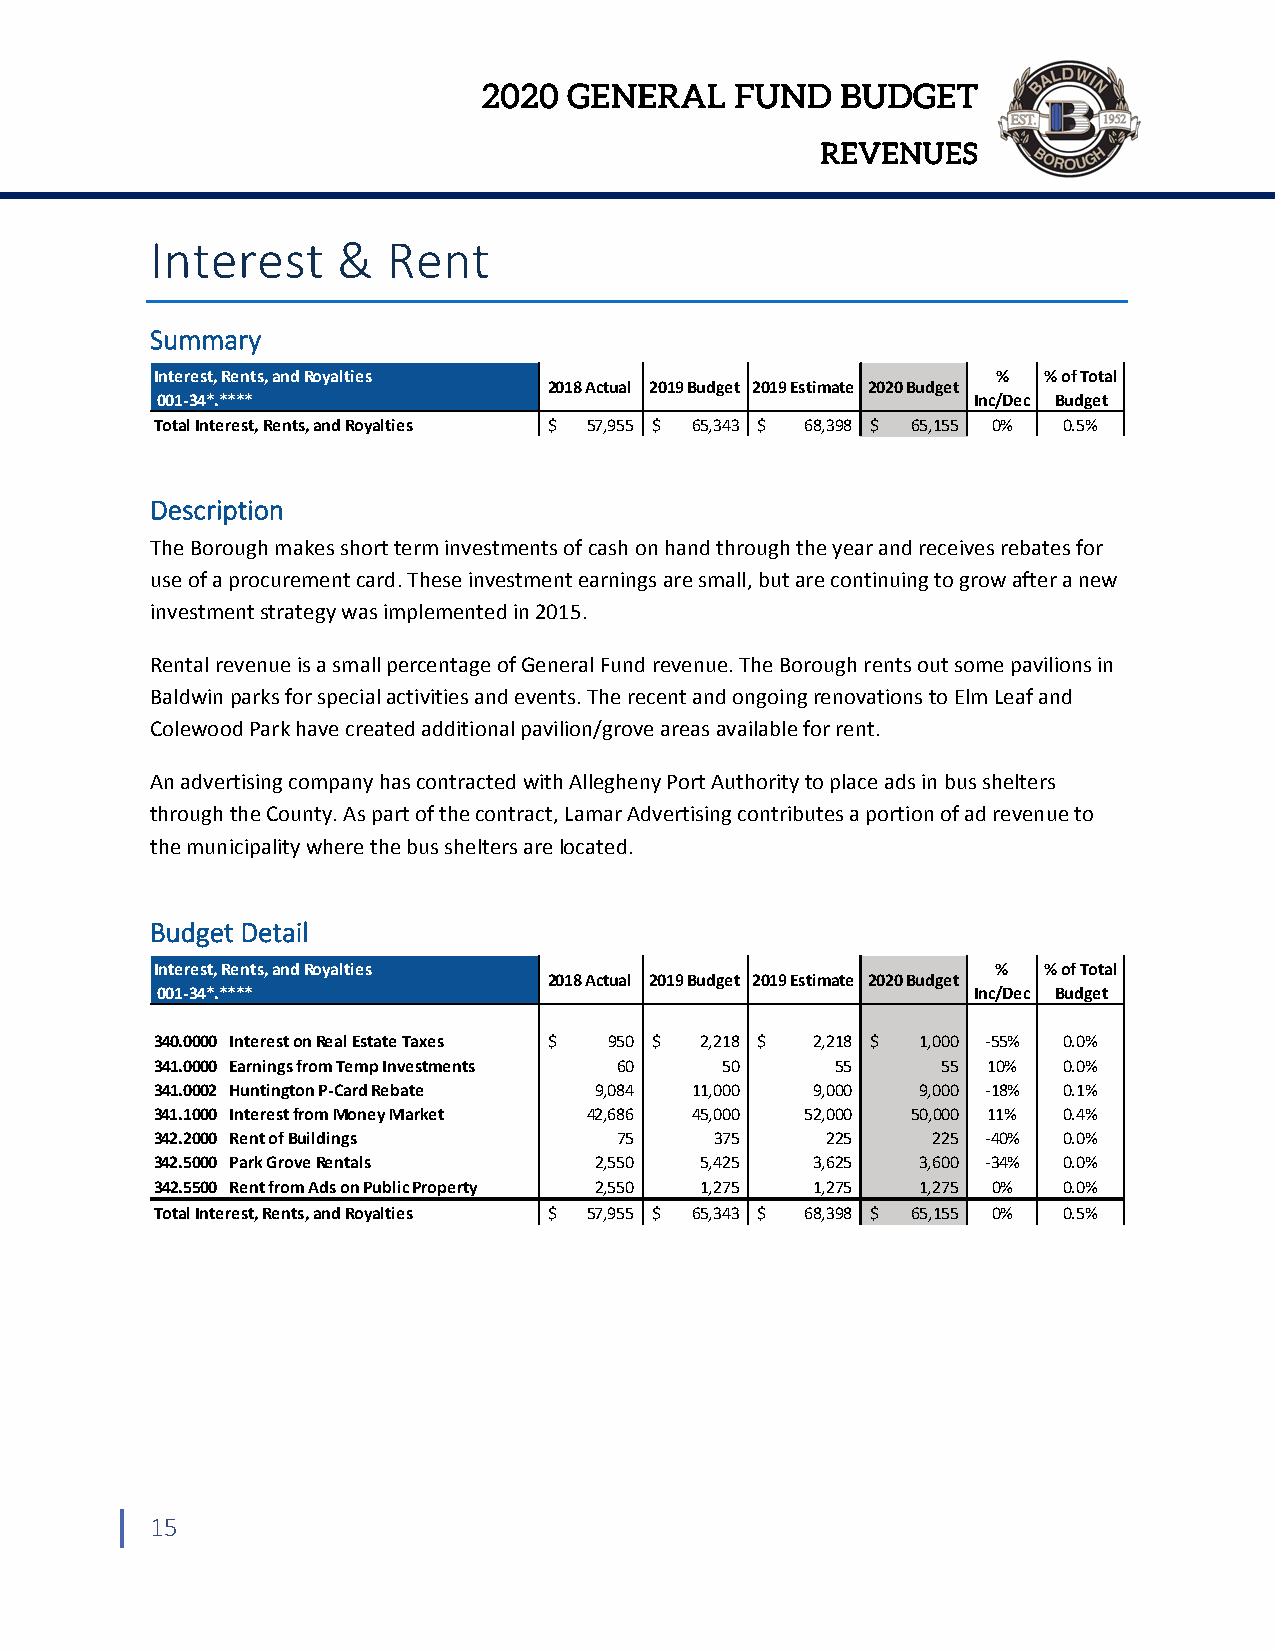
2020  GENERAL    FUND   BUDGET
 REVENUES
 Interest    &   Rent
 Summary
 Interest, Rents, and Royalties                          %  % of Total
 2018 Actual 2019 Budget 2019 Estimate 2020 Budget
 001‐34*.****                                          Inc/Dec Budget
 Total Interest, Rents, and Royalties $ 57,955 $ 65,343 $ 68,398 $ 65,155 0% 0.5%
 Description
 The Borough makes short term investments of cash on hand through the year and receives rebates for
 use of a procurement card. These investment earnings are small, but are continuing to grow after a new
 investment strategy was implemented in 2015.
 Rental revenue is a small percentage of General Fund revenue. The Borough rents out some pavilions in
 Baldwin parks for special activities and events. The recent and ongoing renovations to Elm Leaf and
 Colewood Park have created additional pavilion/grove areas available for rent.
 An advertising company has contracted with Allegheny Port Authority to place ads in bus shelters
 through the County. As part of the contract, Lamar Advertising contributes a portion of ad revenue to
 the municipality where the bus shelters are located.
 Budget Detail
 Interest, Rents, and Royalties                          %  % of Total
 2018 Actual 2019 Budget 2019 Estimate 2020 Budget
 001‐34*.****                                          Inc/Dec Budget
 340.0000 Interest on Real Estate Taxes $ 950 $ 2,218 $ 2,218 $ 1,000 ‐55% 0.0%
 341.0000 Earnings from Temp Investments 60 50 55    55 10%  0.0%
 341.0002 Huntington P‐Card Rebate 9,084 11,000 9,000 9,000 ‐18% 0.1%
 341.1000 Interest from Money Market 42,686 45,000 52,000 50,000 11% 0.4%
 342.2000 Rent of Buildings     75    375     225    225 ‐40% 0.0%
 342.5000 Park Grove Rentals  2,550  5,425   3,625  3,600 ‐34% 0.0%
 342.5500 Rent from Ads on Public Property 2,550 1,275 1,275 1,275 0% 0.0%
 Total Interest, Rents, and Royalties $ 57,955 $ 65,343 $ 68,398 $ 65,155 0% 0.5%
 15